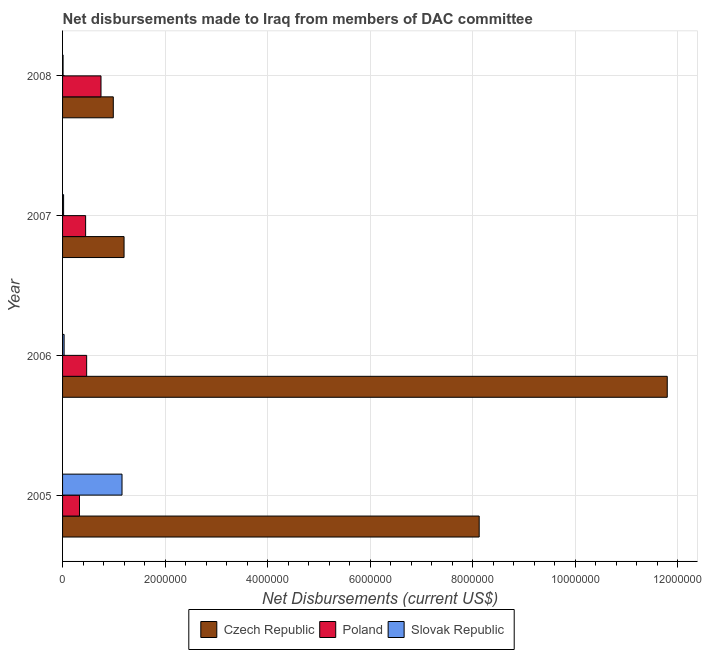
| Year | Czech Republic | Poland | Slovak Republic |
 | --- | --- | --- | --- |
 | 2005 | 8.13e+06 | 3.3e+05 | 1.16e+06 |
 | 2006 | 1.18e+07 | 4.7e+05 | 3e+04 |
 | 2007 | 1.2e+06 | 4.5e+05 | 2e+04 |
 | 2008 | 9.9e+05 | 7.5e+05 | 1e+04 |